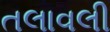
તલાવલી